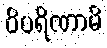
ဝိပရိဏာမိ